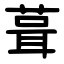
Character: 葺